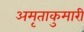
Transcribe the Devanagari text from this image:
अमृताकुमारी